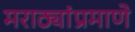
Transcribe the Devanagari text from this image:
मराठ्यांप्रमाणे